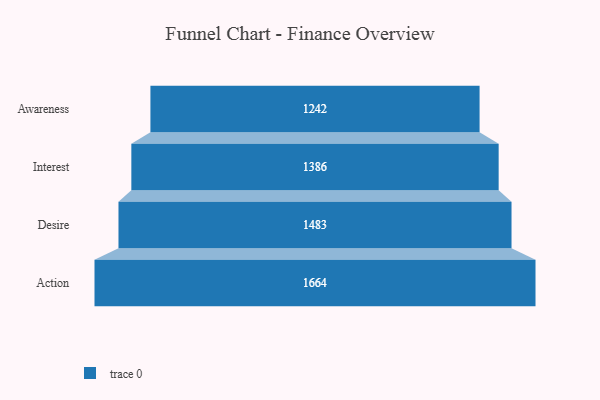
{"axis": {"x": "Stage", "y": "Value"}, "legend": [""], "data": [{"x": "Awareness", "y": 1242.0, "type": ""}, {"x": "Interest", "y": 1386.0, "type": ""}, {"x": "Desire", "y": 1483.0, "type": ""}, {"x": "Action", "y": 1664.0, "type": ""}]}